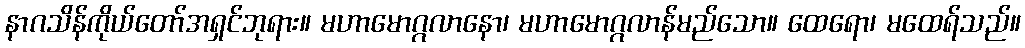
နာဂသိန်ကိုယ်တော်အရှင်ဘုရား။ မဟာမောဂ္ဂလာနော၊ မဟာမောဂ္ဂလာန်မည်သော။ ထေရော၊ မထေရ်သည်။